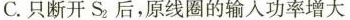
C.只断开S_{2}，后，原线圈的输入功率增大